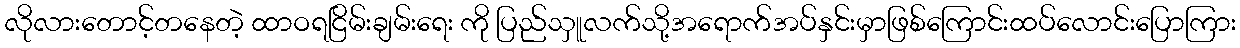
လိုလားတောင့်တနေတဲ့ ထာဝရငြိမ်းချမ်းရေး ကို ပြည်သှူလက်သို့အရောက်အပ်နှင်းမှာဖြစ်ကြောင်းထပ်လောင်းပြောကြား